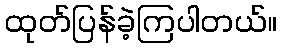
ထုတ်ပြန်ခဲ့ကြပါတယ်။